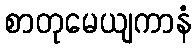
စာတုမေယျကာနံ